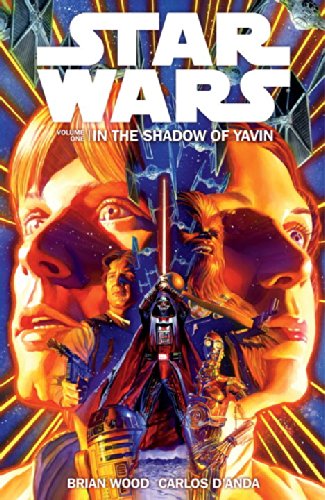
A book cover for Star Wars Volume 1: In the Shadow of Yavin; Brian Wood; Teen & Young Adult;